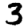
Digit: 3